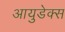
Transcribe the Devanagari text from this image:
आयुडेक्स